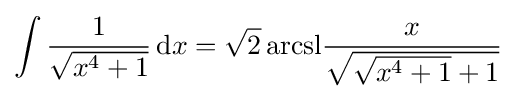
\int {\frac {1}{\sqrt {x^{4}+1}}}\,\mathrm {d} x={{\sqrt {2}}\operatorname {arcsl} }{\frac {x}{\sqrt {{\sqrt {x^{4}+1}}+1}}}